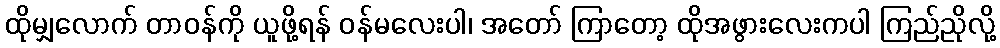
ထိုမျှလောက် တာဝန်ကို ယူဖို့ရန် ဝန်မလေးပါ၊ အတော် ကြာတော့ ထိုအဖွားလေးကပါ ကြည်ညိုလို့